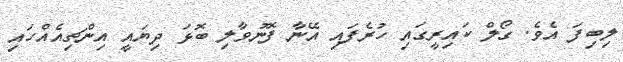
ލިބިފަ އެވެ. ގޯލް ކައިރީގައި ހުރެފައި އޭނާ ފޮނުވާލި ބޮޅަ ދިޔައީ އިންޗިއެއްހައި